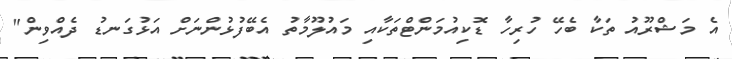
އެ މަޝްރޫއު ތަކާ ބެހޭ ހުރިހާ ޑޮކިއުމަންޓްތަކާއި މައުލޫމާތު އެބޭފުޅުންނަށް އަޅުގަނޑު ދެއްވިން"